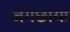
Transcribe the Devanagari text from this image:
जंगछाया